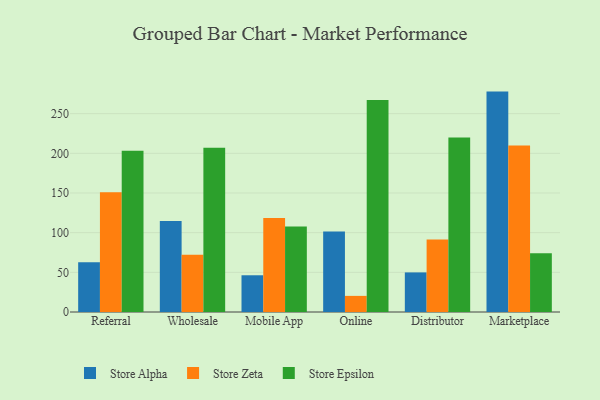
{"axis": {"x": "Channel", "y": "Market Share (%)"}, "legend": ["Store Alpha", "Store Epsilon", "Store Zeta"], "data": [{"x": "Referral", "y": 62.7, "type": "Store Alpha"}, {"x": "Referral", "y": 150.9, "type": "Store Zeta"}, {"x": "Referral", "y": 203.3, "type": "Store Epsilon"}, {"x": "Wholesale", "y": 114.7, "type": "Store Alpha"}, {"x": "Wholesale", "y": 72.2, "type": "Store Zeta"}, {"x": "Wholesale", "y": 207.1, "type": "Store Epsilon"}, {"x": "Mobile App", "y": 46.3, "type": "Store Alpha"}, {"x": "Mobile App", "y": 118.5, "type": "Store Zeta"}, {"x": "Mobile App", "y": 107.7, "type": "Store Epsilon"}, {"x": "Online", "y": 101.5, "type": "Store Alpha"}, {"x": "Online", "y": 20.3, "type": "Store Zeta"}, {"x": "Online", "y": 267.3, "type": "Store Epsilon"}, {"x": "Distributor", "y": 49.9, "type": "Store Alpha"}, {"x": "Distributor", "y": 91.4, "type": "Store Zeta"}, {"x": "Distributor", "y": 219.8, "type": "Store Epsilon"}, {"x": "Marketplace", "y": 277.8, "type": "Store Alpha"}, {"x": "Marketplace", "y": 209.9, "type": "Store Zeta"}, {"x": "Marketplace", "y": 74.1, "type": "Store Epsilon"}]}